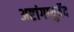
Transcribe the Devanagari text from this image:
अष्टांगायुर्वेद